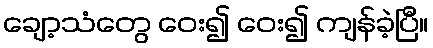
ချော့သံတွေ ဝေး၍ ဝေး၍ ကျန်ခဲ့ပြီ။